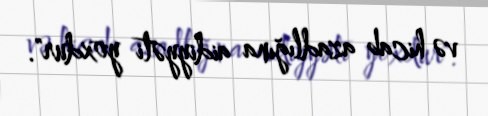
və hicab azadlığına aidiyyəti yoxdur".